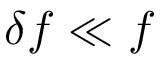
\delta f \ll f